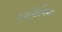
અધોગતિવાળા